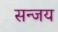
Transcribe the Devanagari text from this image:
सन्जय